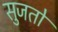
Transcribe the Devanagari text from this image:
सुजतो